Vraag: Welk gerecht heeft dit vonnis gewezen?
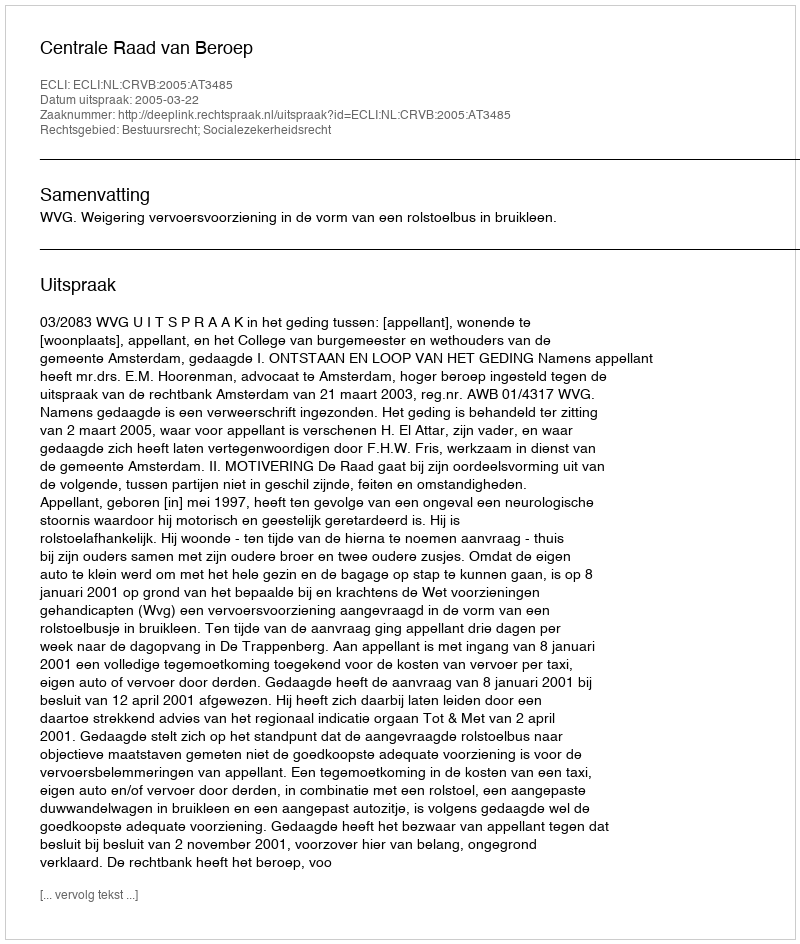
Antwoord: Centrale Raad van Beroep